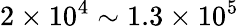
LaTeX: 2\times 10^{4}\sim 1.3\times 10^{5}